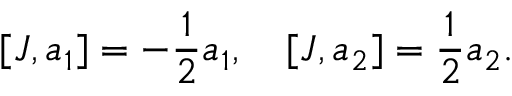
[ J , a _ { 1 } ] = - { \frac { 1 } { 2 } } a _ { 1 } , \quad [ J , a _ { 2 } ] = { \frac { 1 } { 2 } } a _ { 2 } .